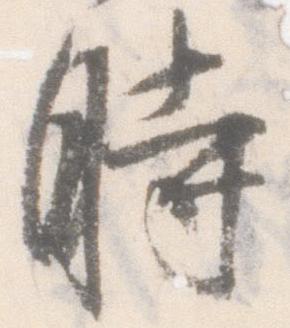
時